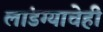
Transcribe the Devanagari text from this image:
लांडग्याचेही